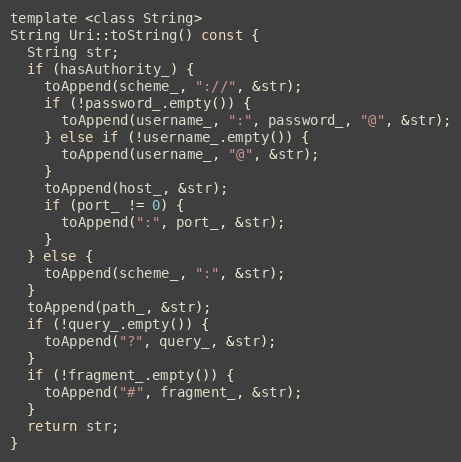
Language: C
template <class String>
String Uri::toString() const {
  String str;
  if (hasAuthority_) {
    toAppend(scheme_, "://", &str);
    if (!password_.empty()) {
      toAppend(username_, ":", password_, "@", &str);
    } else if (!username_.empty()) {
      toAppend(username_, "@", &str);
    }
    toAppend(host_, &str);
    if (port_ != 0) {
      toAppend(":", port_, &str);
    }
  } else {
    toAppend(scheme_, ":", &str);
  }
  toAppend(path_, &str);
  if (!query_.empty()) {
    toAppend("?", query_, &str);
  }
  if (!fragment_.empty()) {
    toAppend("#", fragment_, &str);
  }
  return str;
}